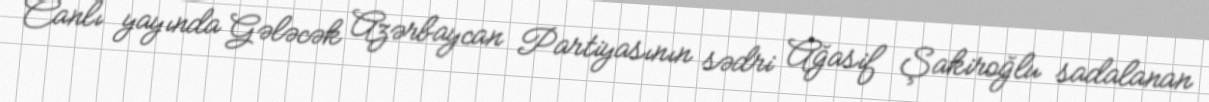
Canlı yayında Gələcək Azərbaycan Partiyasının sədri Ağasif Şakiroğlu sadalanan